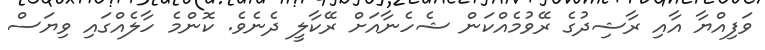
ވަފިއްޔާ އާއި ރާޝިދުގެ ރޭވުމެއްކަން ޝެހެނާއަށް ރޭކާލީ ދެނެވެ. ކޮންމެ ހާލެއްގައި ވިޔަސް